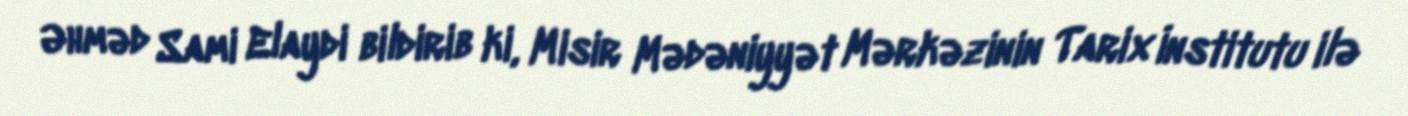
Əhməd Sami Elaydi bildirib ki, Misir Mədəniyyət Mərkəzinin Tarix İnstitutu ilə